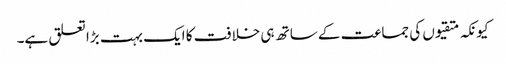
کیونکہ متقیوں کی جماعت کے ساتھ ہی خلافت کا ایک بہت بڑا تعلق ہے۔